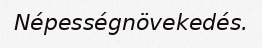
Népességnövekedés.